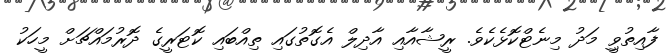
ފާއިތުވިީީ މަދު މިނެޓްކޮޅެކެވެ. ރީޝާއާއި އާދިލް އެގޮތުގައި ތިއްބައި ކޮޓަރީީގެ ދޮރުމައްޗަށް މީހަކު